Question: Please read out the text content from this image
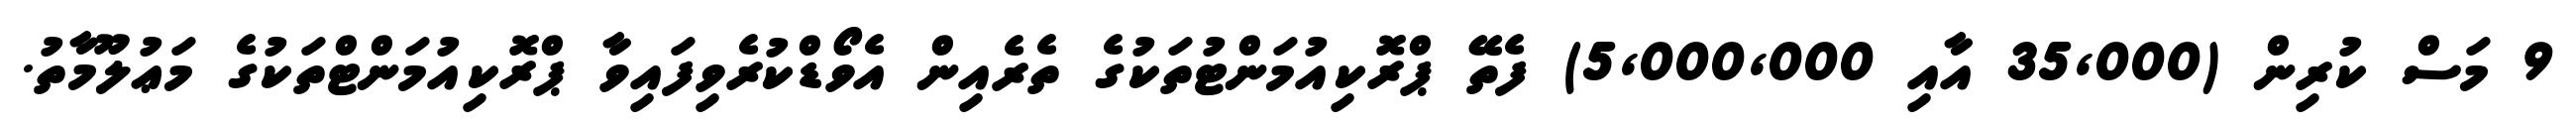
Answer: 9 މަސް ކުރިން (35,000 އާއި 5,000,000) ފެތޭ ޕްރޮކިއުމަންޓުތަކުގެ ތެރެއިން އެވޯޑްކުރެވިފައިވާ ޕްރޮކިއުމަންޓްތަކުގެ މަޢުލޫމާތު.